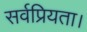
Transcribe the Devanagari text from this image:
सर्वप्रियता।